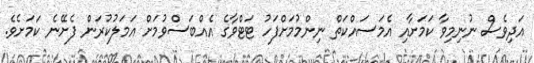
އަދިވެސް ނުނިމިވާ ކަމަށާއި އެމަސައްކަތް ނިންމުމަށްފަހު ޓަޓްވާގެ އެއްބަސްވުމަށް އަމަލުކުރަން ފެށޭނެ ކަމަށެވެ.